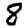
Digit: 8